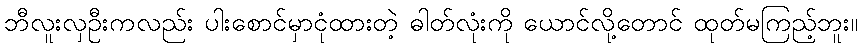
ဘီလူးလှဦးကလည်း ပါးစောင်မှာငုံထားတဲ့ ဓါတ်လုံးကို ယောင်လို့တောင် ထုတ်မကြည့်ဘူး။